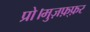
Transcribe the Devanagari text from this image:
प्रो।मुज़फ़्फ़र